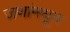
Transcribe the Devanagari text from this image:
जणांमधून